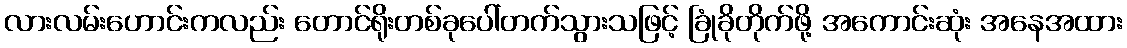
လားလမ်းဟောင်းကလည်း တောင်ရိုးတစ်ခုပေါ်တက်သွားသဖြင့် ခြုံခိုတိုက်ဖို့ အကောင်းဆုံး အနေအထား